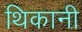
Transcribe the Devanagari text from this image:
थिकानी